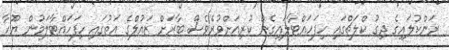
ރަންކުލައިގެ ދިގު ކްލަޗްގައި ހިފަހައްޓާލައިގެން ކުރިއަށްވުރެވެސް ބާރަށް ޒައުލްގެ އަތުގައި ހިފަހައްޓާލަމުން ޔޫހާ